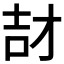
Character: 𮰱